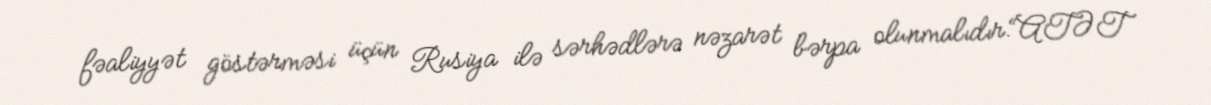
fəaliyyət göstərməsi üçün Rusiya ilə sərhədlərə nəzarət bərpa olunmalıdır.“ATƏT